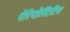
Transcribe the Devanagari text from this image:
पेरियोस्टिटिस